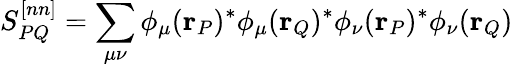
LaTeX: S_{PQ}^{[nn]}=\sum_{\mu\nu}\phi_{\mu}(\mathbf{r}_{P})^{*}\phi_{\mu}(\mathbf{r}_{Q})^{*}\phi_{\nu}(\mathbf{r}_{P})^{*}\phi_{\nu}(\mathbf{r}_{Q})